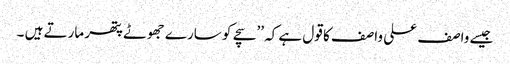
جیسے واصف علی واصف کا قول ہے کہ ’’سچے کو سارے جھوٹے پتھر مارتے ہیں ۔